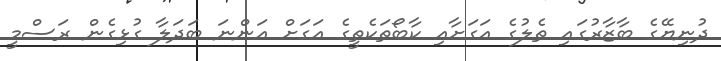
ދުނިޔޭގެ ބާޒާރުގައި ތެލުގެ އަގަށާއި ކާބޯތަކެތީގެ އަގަށް އަންނަ ބަދަލާ ގުޅިގެން ރަސްމީ